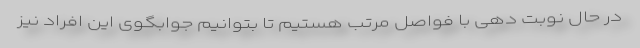
در حال نوبت دهی با فواصل مرتب هستیم تا بتوانیم جوابگوی این افراد نیز